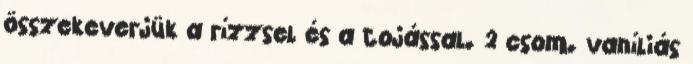
összekeverjük a rízzsel és a tojással. 2 csom. vaníliás